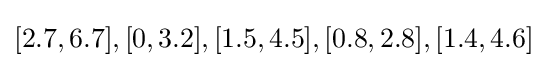
[2.7,6.7],[0,3.2],[1.5,4.5],[0.8,2.8],[1.4,4.6]